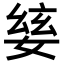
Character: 𡞅